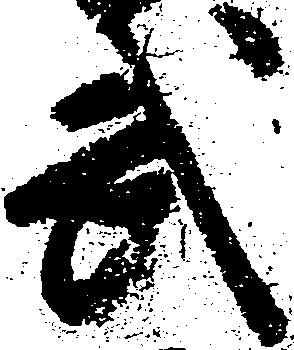
武